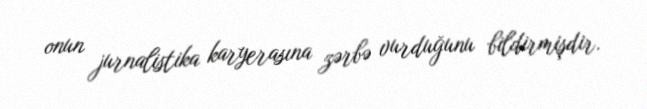
onun jurnalistika karyerasına zərbə vurduğunu bildirmişdir.